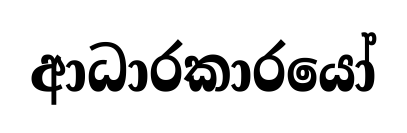
ආධාරකාරයෝ